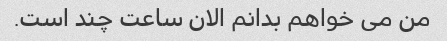
من می خواهم بدانم الان ساعت چند است.